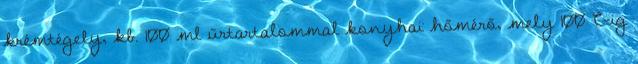
krémtégely, kb. 100 ml űrtartalommal konyhai hőmérő, mely 100°C-ig